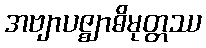
အဗျာပဇ္ဈာဓိမုတ္တဿ